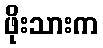
ဖိုးသားက